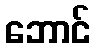
ဘောင်